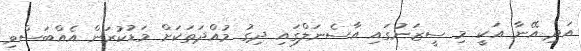
އަދި އޭނާ އަކީ މި ސީޒަނުގައި އާސެނަލްގައި ދިގު މުއްދަތަކަށް މަޑުކުރަން އެއްބަސްވި